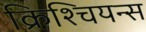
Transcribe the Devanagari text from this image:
क्रिश्चियन्स